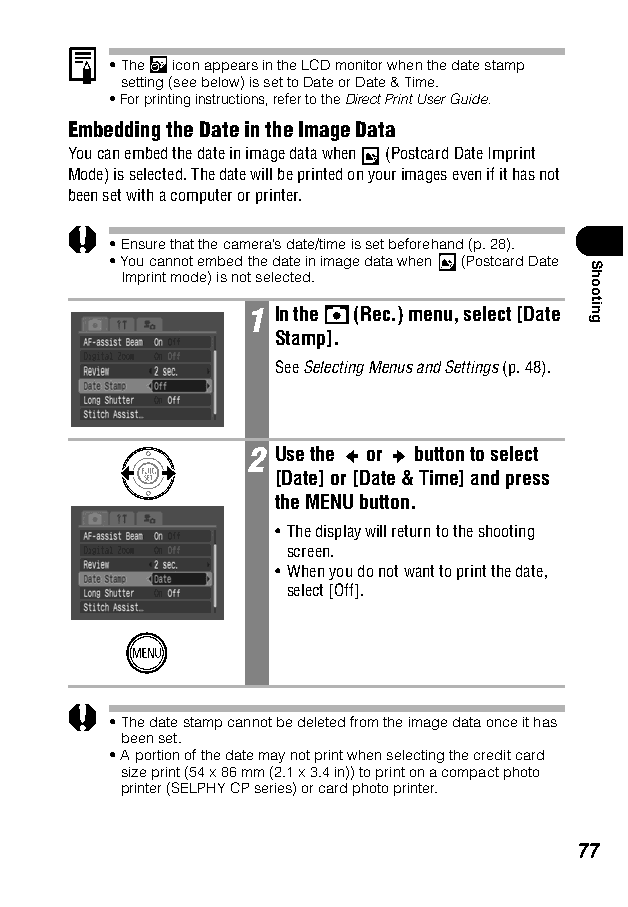
•The icon appears in the LCD monitor when the date stamp
 setting (see below) is set to Date or Date & Time.
 •For printing instructions, refer to the Direct Print User Guide.
 Embedding the Date in the Image Data
 You can embed the date in image data when (Postcard Date Imprint
 Mode) is selected. The date will be printed on your images even if it has not
 been set with a computer or printer.
 •Ensure that the camera’s date/time is set beforehand (p. 28).
 •You cannot embed the date in image data when (Postcard Date
 Imprint mode) is not selected.
 1 In the (Rec.) menu, select [Date
 Stamp].
 SeeSelecting Menus and Settings (p. 48).
 2 Use the or button to select
 [Date] or [Date & Time] and press
 the MENU button.
 • The display will return to the shooting
 screen.
 • When you do not want to print the date,
 select [Off].
 •The date stamp cannot be deleted from the image data once it has
 been set.
 •A portion of the date may not print when selecting the credit card
 size print (54 x 86 mm (2.1 x 3.4 in)) to print on a compact photo
 printer (SELPHY CP series) or card photo printer.
 77
 Shooting